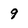
Character: 9